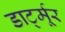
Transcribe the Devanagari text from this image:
डार्ट्मूर